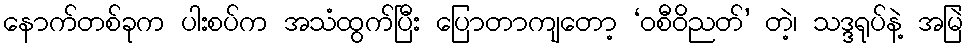
နောက်တစ်ခုက ပါးစပ်က အသံထွက်ပြီး ပြောတာကျတော့ ‘ဝစီဝိညတ်’ တဲ့၊ သဒ္ဒရုပ်နဲ့ အမြဲ